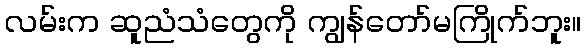
လမ်းက ဆူညံသံတွေကို ကျွန်တော်မကြိုက်ဘူး။